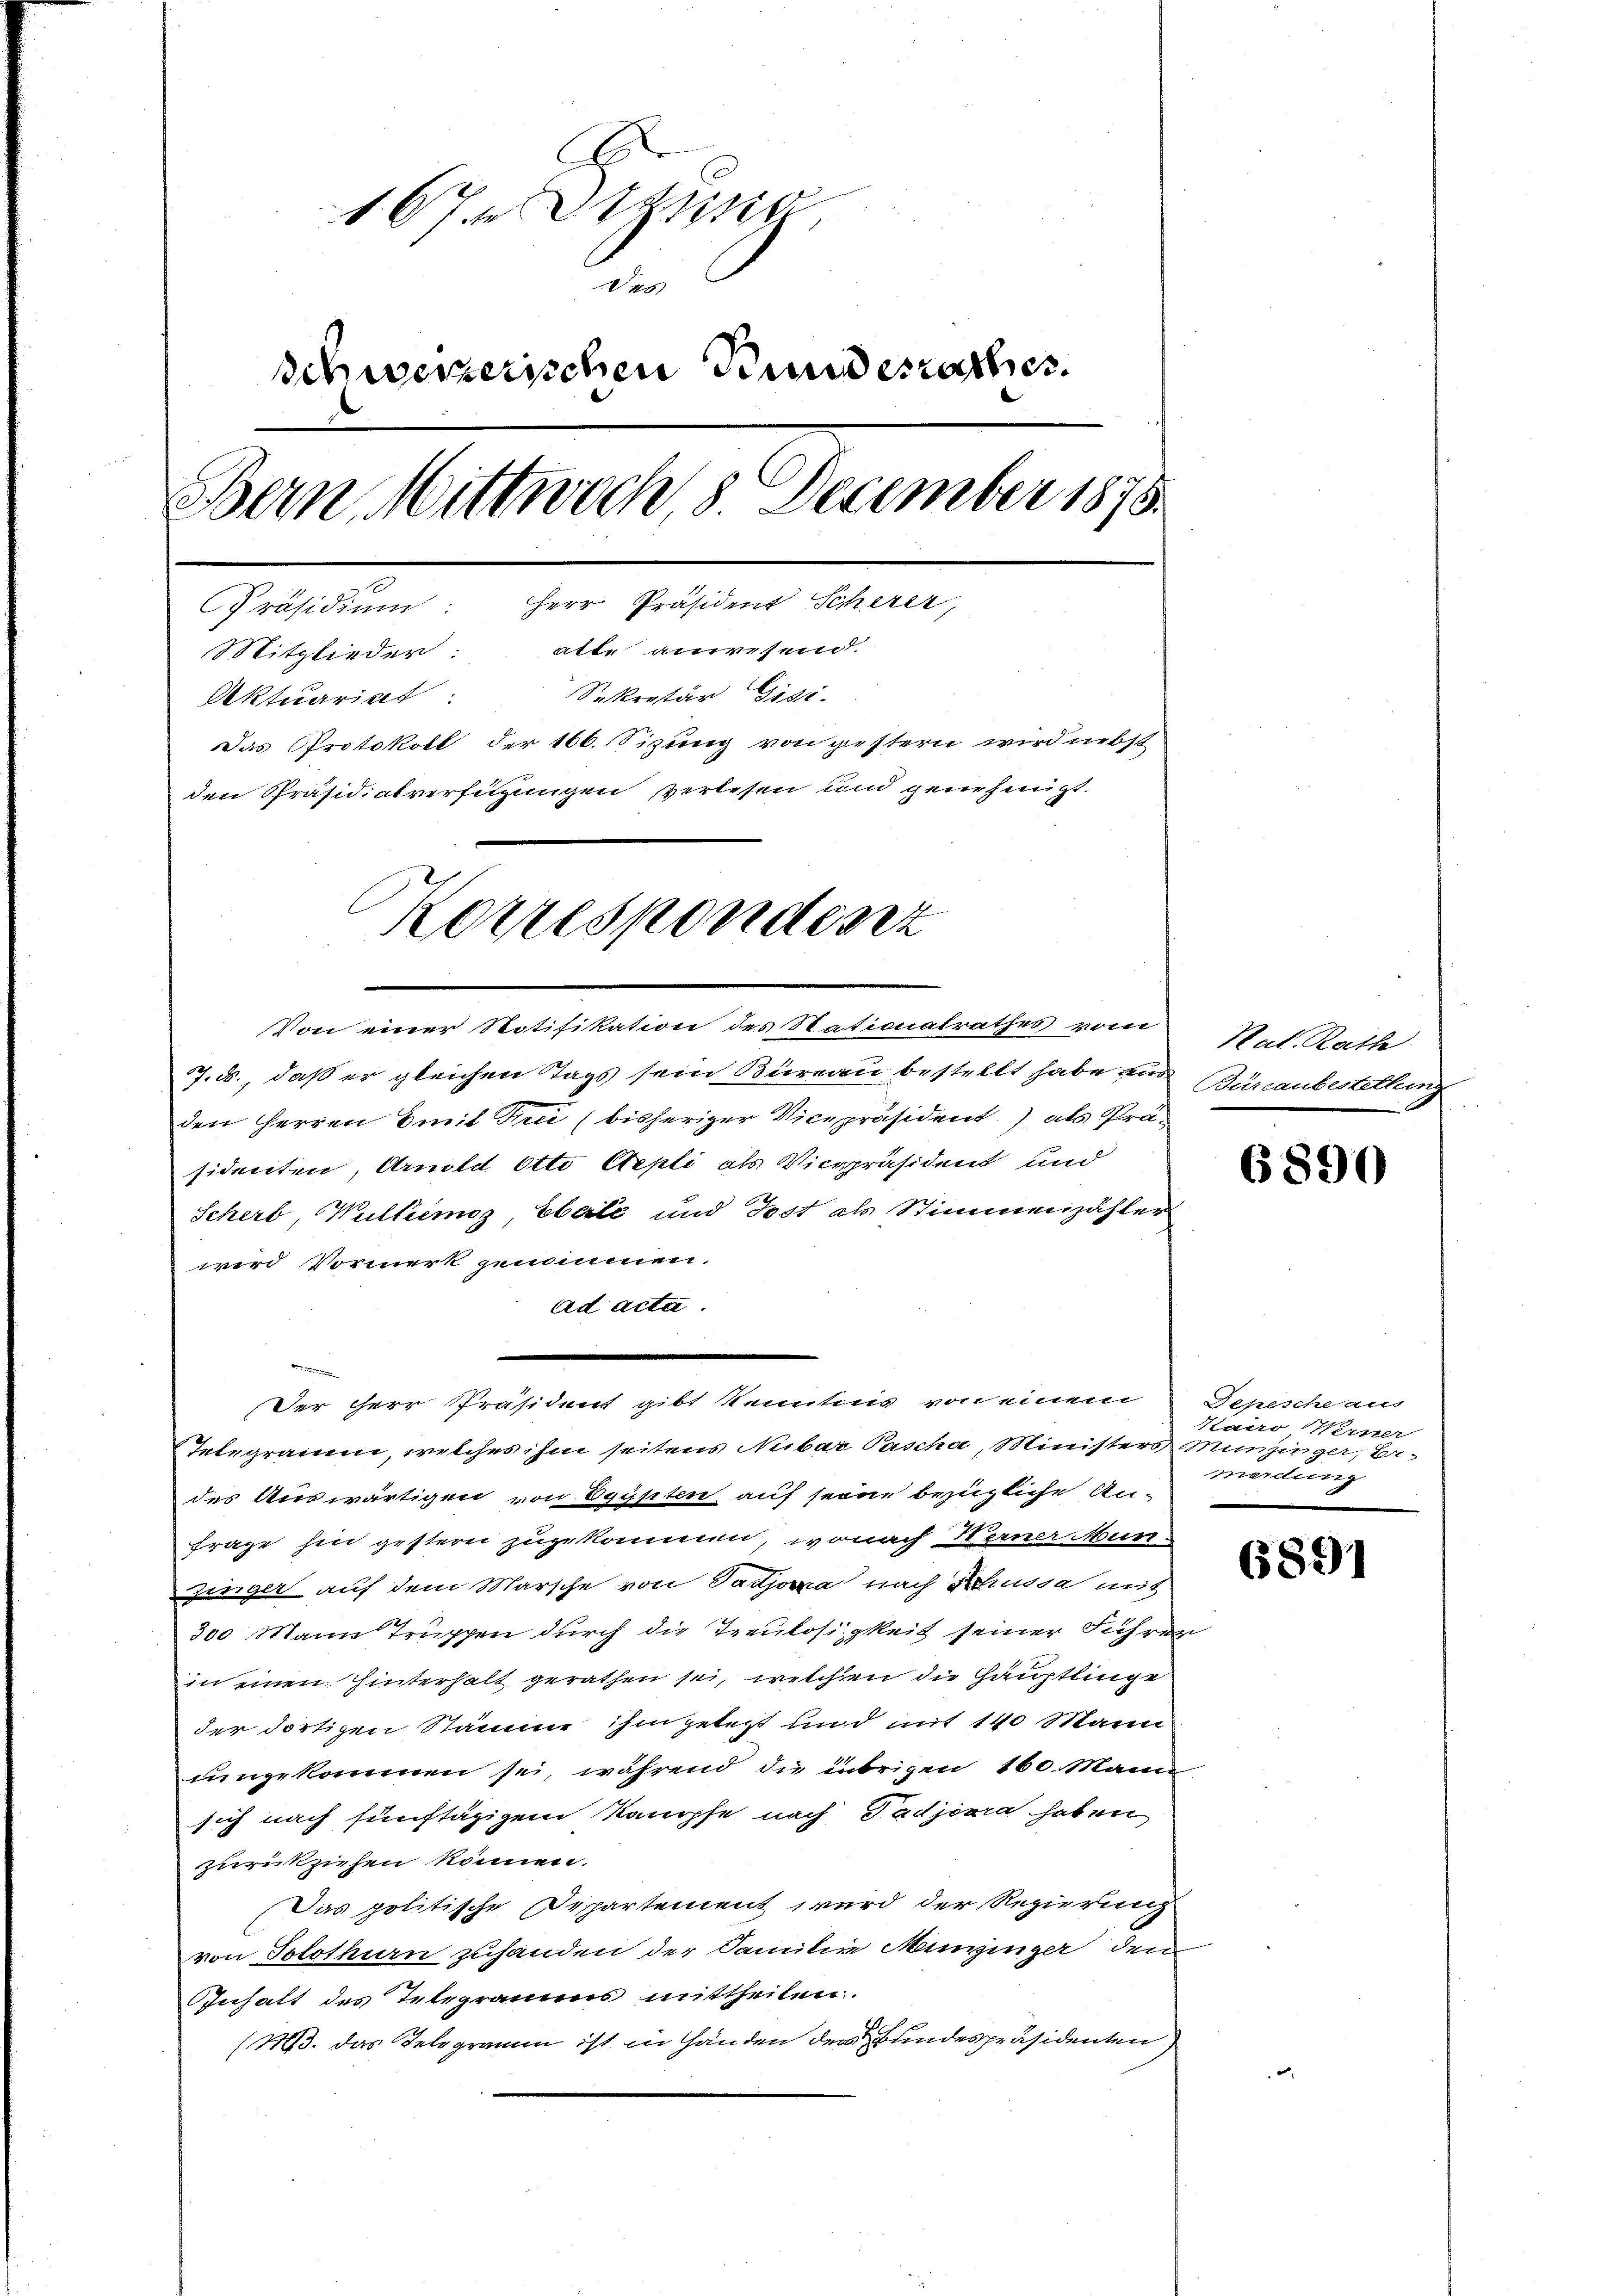
d
167 Sizung
de
Schweizerischen Bundesrathes.
Bern Mittwoch 8. December 1875.
Präsidium: Herr Präsident Scherer,
Mitglieder: alle anwesend.
Sekretär Gisi
Aktuariat
Das Protokoll der 166. Sizung von gestern wird nebst
den Präsidialversitzungen verlesen und genehmigt.
Korrespondenz

Von einer Notifikation des Stationalrathes vom
7. ds., daß er gleichen Tags sein Büreau bestellt habe zu Burlaubestellung
den Herren Emil Frei (bisheriger Vicepräsident.), als Prä-
sidenten, Arnold Otto Aepli als Vicepräsident und
Scherb, Wulkemoz, Eberle und Post als Stimmenzähler
wird Vormerk genommen.
ad acta.
Integramm, welches ihm seitens Nibar Pascha, Ministers Munzinger, bedes Auswärtigen von Egypten, auf seine bezügliche An-
Frage hin gestern zugekomen, wonach Herner Mun-
Zinger auf dem Marsche von Sadjora nach Schusse mit
300 Mann Truppen durch die Treulosigkeit seiner Führen
in einen Hinterhalt gerathen sei, welchen die Hauptlinge
der dortigen Stämme ihm gelegt und mit 140 Mann
umgekommen sei, während die übrigen 160. Mann
sich nach fünftägigem Kampfe nach Padjora haben
zurückziehen können.
Das politische Departement wird der Regierung
von Solothurn zuhanden der Familie Munzinger den
Inhalt des Telegramms mittheilen.
(13. das Telegramm ist in Händen der Bundespräsidenten

Der Herr Präsident gibt kenntnis von einem Depesche aus

Rat. Rath

6890

Hairo Werner
merdung

6891